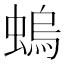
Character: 螐